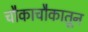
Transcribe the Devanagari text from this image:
चौकाचौकातून